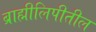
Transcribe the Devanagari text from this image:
ब्राह्मीलिपीतील